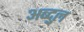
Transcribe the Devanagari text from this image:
अब्दु्ल